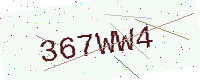
Text: 367WW4